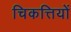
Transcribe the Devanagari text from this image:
चिकत्तियों